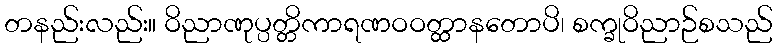
တနည်းလည်း။ ဝိညာဏုပ္ပတ္တိကာရဏဝဝတ္ထာနတောပိ၊ စက္ခုဝိညာဉ်စသည်